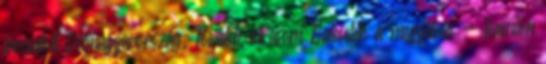
bocsátott Délmagyarország. Tovább olvasom Balesetek a megyében - kamion